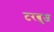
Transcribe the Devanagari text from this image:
टरबुज